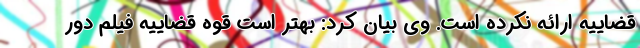
قضاییه ارائه نکرده است. وی بیان کرد: بهتر است قوه قضاییه فیلم دور